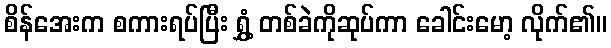
စိန်အေးက စကားရပ်ပြီး ရွှံ့ တစ်ခဲကိုဆုပ်ကာ ခေါင်းမော့ လိုက်၏။